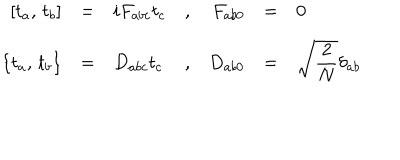
\begin{array} { r c l c r c l } { { \displaystyle [ t _ { a } , \, t _ { b } ] } } & { { = } } & { { i F _ { a b c } t _ { c } } } & { { , } } & { { F _ { a b 0 } } } & { { = } } & { { 0 } } \\ { { \displaystyle \{ t _ { a } , \, t _ { b } \} } } & { { = } } & { { D _ { a b c } t _ { c } } } & { { , } } & { { D _ { a b 0 } } } & { { = } } & { { \displaystyle \sqrt { \frac { 2 } { N } } \delta _ { a b } } } \\ \end{array}